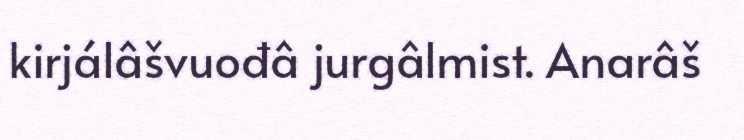
kirjálâšvuođâ jurgâlmist. Anarâš